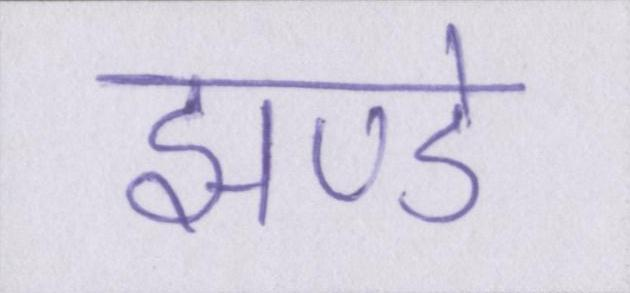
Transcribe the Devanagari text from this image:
झण्डे